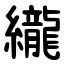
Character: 䌬